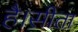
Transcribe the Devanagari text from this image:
है।सीता